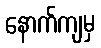
နောက်ကျမှ